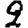
Digit: 2